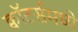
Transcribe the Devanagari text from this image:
क्वॉटर्समध्ये